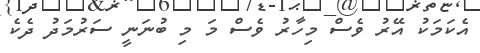
އެކަމަކު އޭރު ވެސް މިހާރު ވެސް މަ މި ބުނަނީ ސަރުމަދު ދެކެ